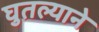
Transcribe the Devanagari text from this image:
घुतल्याने